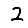
Digit: 2